Indian journal of veterinary science and animal husbandry - Volumes 18-21, 1948-1951
Year: 1948
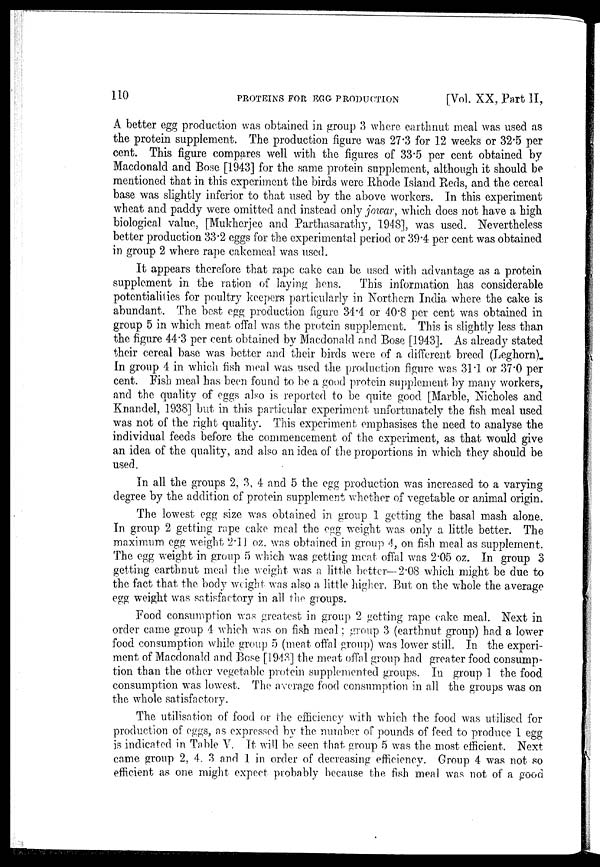
110
PROTEINS FOR EGG PRODUCTION
[Vol. XX, Part II,
A better egg production was obtained in group 3 where earthnut meal was used as
the protein supplement. The production figure was 27.3 for 12 weeks or 32.5 per
cent. This figure compares well with the figures of 33.5 per cent obtained by
Macdonald and Bose [1943] for the same protein supplement, although it should be
mentioned that in this experiment the birds were Rhode Island Reds, and the cereal
base was slightly inferior to that used by the above workers. In this experiment
wheat and paddy were omitted and instead only jowar, which does not have a high
biological value, [Mukherjee and Parthasarathy, 1948], was used. Nevertheless
better production 33.2 eggs for the experimental period or 39.4 per cent was obtained
in group 2 where rape cakemeal was used.
It appears therefore that rape cake can be used with advantage as a protein
supplement in the ration of laying hens.
This information has considerable
potentialities for poultry keepers particularly in Northern India where the cake is
abundant. The best egg production figure 34.4 or 4.08 per cent was obtained in
group 5 in which meat offal was the protein supplement. This is slightly less than
the figure 44.3 per cent obtained by Macdonald and Bose [1943]. As already stated
their cereal base was better and their birds were of a different breed (Leghorn).
In group 4 in which fish meal was used the production figure was 31.1 or 37.0 per
cent. Fish meal has been found to be a good protein supplement by many workers,
and the quality of eggs also is reported to be quite good [Marble, Nicholes and
Knandel, 1938] but in this particular experiment unfortunately the fish meal used
was not of the right quality. This experiment emphasises the need to analyse the
individual feeds before the commencement of the experiment, as that would give
an idea of the quality, and also an idea of the proportions in which they should be
used.
In all the groups 2, 3, 4 and 5 the egg production was increased to a varying
degree by the addition of protein supplement whether of vegetable or animal origin.
The lowest egg size was obtained in group 1 getting the basal mash alone.
In group 2 getting rape cake meal the egg weight was only a little better. The
maximum egg weight 2.11 oz. was obtained in group 4, on fish meal as supplement.
The egg weight in group 5 which was getting meat offal was 2.05 oz. In group 3
getting earthnut meal the weight was a little better—2.08 which might be due to
the fact that the body weight was also a little higher. But on the whole the average
egg weight was satisfactory in all the groups.
Food consumption was greatest in group 2 getting rape cake meal. Next in
order came group 4 which was on fish meal; group 3 (earthnut group) had a lower
food consumption while group 5 (meat offal group) was lower still. In the experi-
ment of Macdonald and Bose [1943] the meat offal group had greater food consump-
tion than the other vegetable protein supplemented groups. In group 1 the food
consumption was lowest. The average food consumption in all the groups was on
the whole satisfactory.
The utilisation of food or the efficiency with which the food was utilised for
production of eggs, as expressed by the number of pounds of feed to produce 1 egg
is indicated in Table V. It will be seen that group 5 was the most efficient. Next
came group 2, 4. 3 and 1 in order of decreasing efficiency. Group 4 was not so
efficient as one might expect probably because the fish meal was not of a good